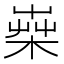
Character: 𣕐